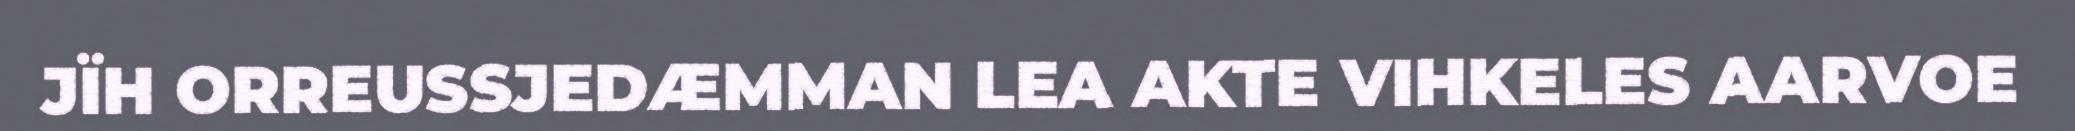
JÏH ORREUSSJEDÆMMAN LEA AKTE VIHKELES AARVOE